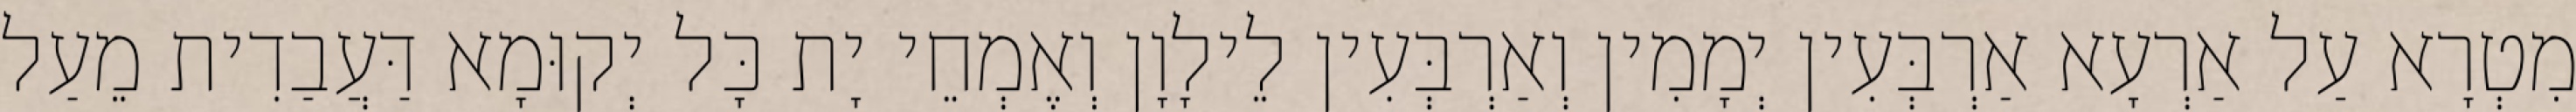
מִטְרָא עַל אַרְעָא אַרְבְּעִין יְמָמִין וְאַרְבְּעִין לֵילָוָן וְאֶמְחֵי יָת כָּל יְקוּמָא דַּעֲבַדִית מֵעַל